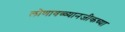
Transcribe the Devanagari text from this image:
लोणावळ्यानजीकच्या